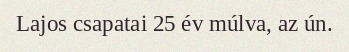
Lajos csapatai 25 év múlva, az ún.